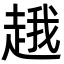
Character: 䞲